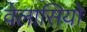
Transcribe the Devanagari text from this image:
वेलासियो